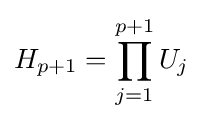
H_{p+1}=\prod _{j=1}^{p+1}U_{j}